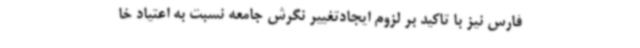
فارس نیز با تاکید بر لزوم ایجادتغییر نگرش جامعه نسبت به اعتیاد خا